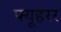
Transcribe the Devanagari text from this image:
फ्यूहरर